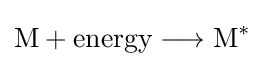
{{\text{M}}{}+{}\mathrm {energy} {}\mathrel {\longrightarrow } {}{\mathrm {M^{\ast }} }}